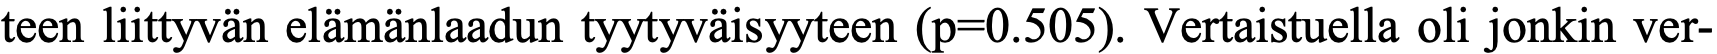
teen liittyvän elämänlaadun tyytyväisyyteen (p=0.505). Vertaistuella oli jonkin ver-